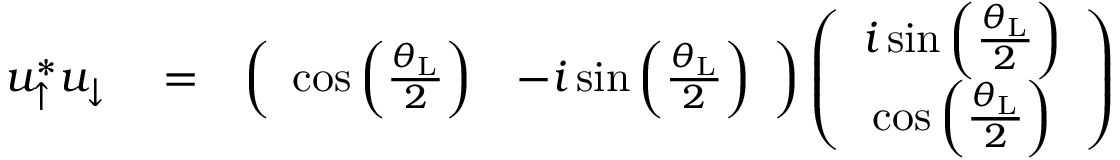
\begin{array} { r l r } { u _ { \uparrow } ^ { * } u _ { \downarrow } } & { { } = } & { \left( \begin{array} { c c } { \cos \left( \frac { \theta _ { \mathrm { L } } } { 2 } \right) } & { - i \sin \left( \frac { \theta _ { \mathrm { L } } } { 2 } \right) } \end{array} \right) \left( \begin{array} { c c } { i \sin \left( \frac { \theta _ { \mathrm { L } } } { 2 } \right) } \\ { \cos \left( \frac { \theta _ { \mathrm { L } } } { 2 } \right) } \end{array} \right) } \end{array}